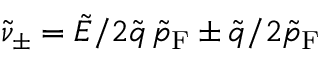
\tilde { \nu } _ { \pm } = \tilde { E } / 2 \tilde { q } \, \tilde { p } _ { \mathrm { F } } \pm \tilde { q } / 2 \tilde { p } _ { \mathrm { F } }